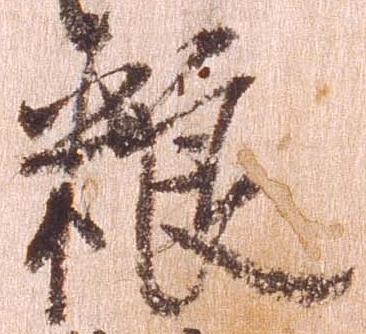
粮